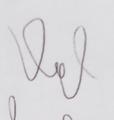
Signature authenticity: genuine